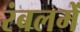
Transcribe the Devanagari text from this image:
रंबलमें